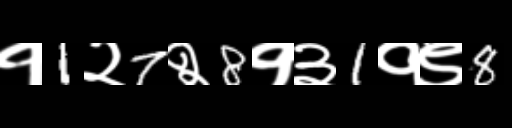
Text: १1२7२8१३1१९8